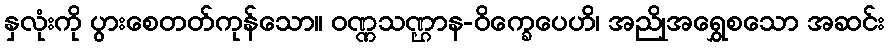
နှလုံးကို ပွားစေတတ်ကုန်သော။ ဝဏ္ဏသဏ္ဌာန-ဝိက္ခေပေဟိ၊ အညိုအရွှေစသော အဆင်း